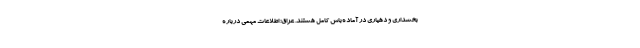
بخشداری و دهیاری در آماده‌باش کامل هستند. عراق: اطلاعات مهمی درباره